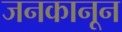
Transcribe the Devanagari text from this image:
जनकानून